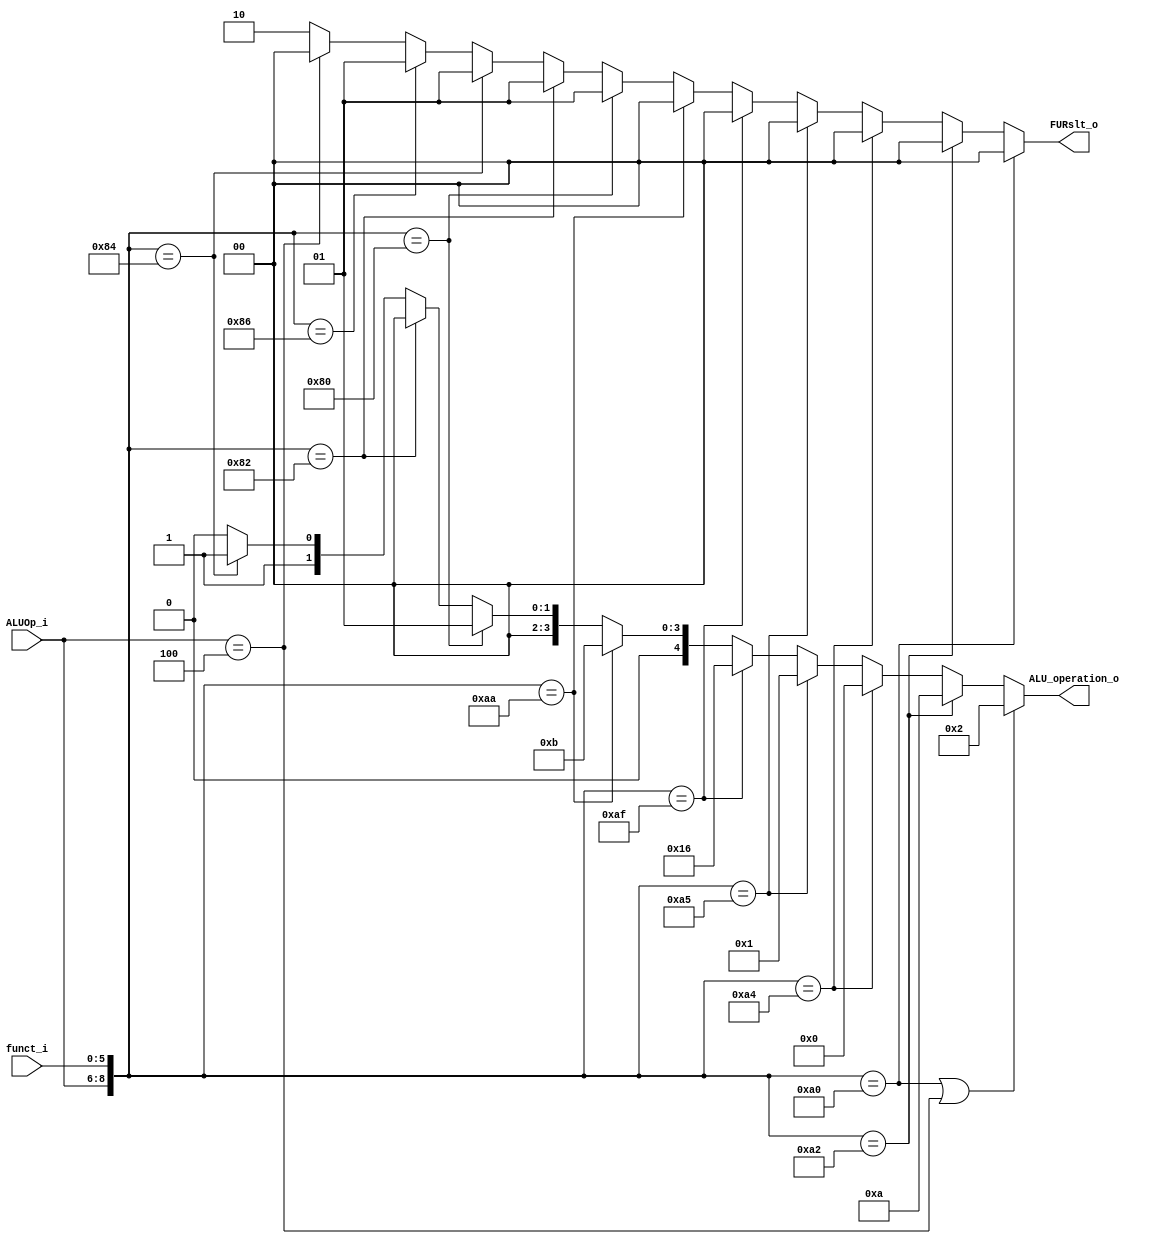
module ALU_Ctrl( funct_i, ALUOp_i, ALU_operation_o, FURslt_o );

//I/O ports 
input      [6-1:0] funct_i;
input      [3-1:0] ALUOp_i;

output     [5-1:0] ALU_operation_o;  
output     [2-1:0] FURslt_o;
     
//Internal Signals
wire		[5-1:0] ALU_operation_o;
wire		[2-1:0] FURslt_o;

//Main function


assign ALU_operation_o = ({ALUOp_i,funct_i}==9'b010_100000 || ALUOp_i == 3'b100) ? 5'b00010 : //add addi
						 ({ALUOp_i,funct_i}==9'b010_100010) ? 5'b01010 : //sub
						 ({ALUOp_i,funct_i}==9'b010_100100) ? 5'b00000 : //and
						 ({ALUOp_i,funct_i}==9'b010_100101) ? 5'b00001 : //or
						 ({ALUOp_i,funct_i}==9'b010_101111) ? 5'b10110 : //not
						 ({ALUOp_i,funct_i}==9'b010_101010) ? 5'b01011 : //slt
						 ({ALUOp_i,funct_i}==9'b010_000000) ? 5'b00001 : //sll
						 ({ALUOp_i,funct_i}==9'b010_000010) ? 5'b00000 : //srl
						 ({ALUOp_i,funct_i}==9'b010_000100) ? 5'b00011 : 5'b00010; //sllv srlv

						 

assign FURslt_o = ({ALUOp_i,funct_i}==9'b010_100000) ? 0 : //add
		 		  ({ALUOp_i,funct_i}==9'b010_100010) ? 0 : //sub
				  ({ALUOp_i,funct_i}==9'b010_100100) ? 0 : //and
				  ({ALUOp_i,funct_i}==9'b010_100101) ? 0 : //or
				  ({ALUOp_i,funct_i}==9'b010_101111) ? 0 : //not
				  ({ALUOp_i,funct_i}==9'b010_101010) ? 0 : //slt
				  ({ALUOp_i,funct_i}==9'b010_000000) ? 1 : //sll
				  ({ALUOp_i,funct_i}==9'b010_000010) ? 1 : //srl
				  ({ALUOp_i,funct_i}==9'b010_000100) ? 1 : //sllv
				  ({ALUOp_i,funct_i}==9'b010_000110) ? 1 : //srlv
				  (ALUOp_i==3'b100) ? 0 : 2; //addi lui					 
						 
				

endmodule